Vaccine operations Central Provinces & Berar 1922-1929 - 1922-1929
Year: 1922
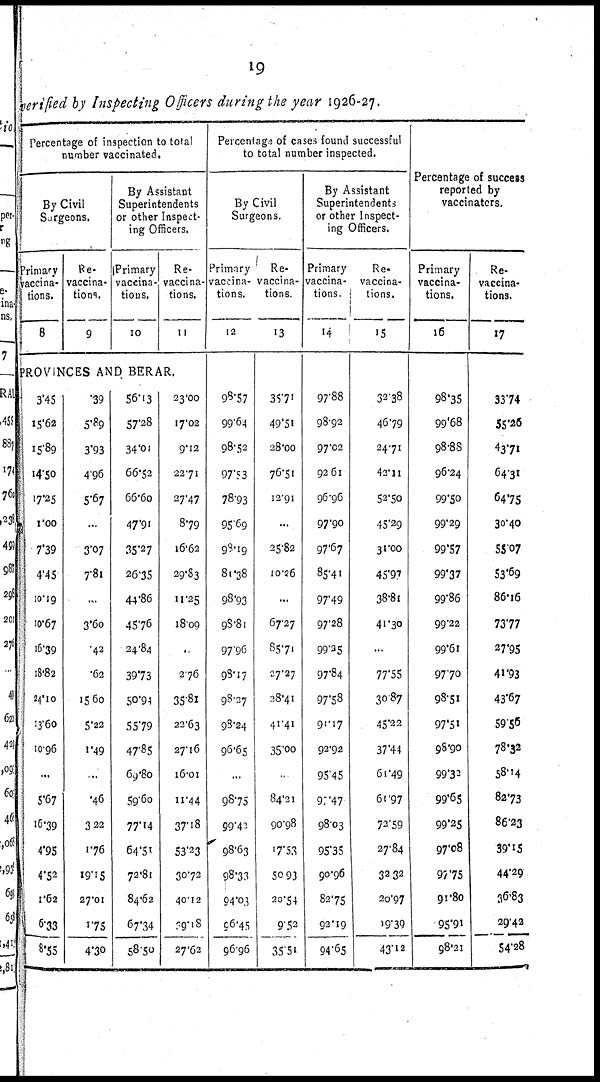
19
verified by Inspecting Officers during the year 1926-27.
Percentage of inspection to total
number vaccinated.
By Civil
Surgeons.
Primary
vaccina-
tions.
8
Re¬
vaccina¬
tions.
9
By Assistant
Superintendents
or other Inspect-
ing Officers.
Primary
vaccina-
tions.
10
Re¬
vaccina-
tions.
11
PROVINCES AND BERAR.
3.45
15.62
15.89
14.50
17.25
1.00
7.39
4.45
10.19
10.67
16.39
18.82
24.10
13.60
10.96
...
5.67
16.39
4.95
4.52
1.62
6.33
8.55
.39
5.89
3.93
4.96
5.67
...
3.07
7.81
...
3.60
.42
.62
15.60
5.22
1.49
...
.46
3.22
1.76
19.15
27.01
1.75
4.30
56.13
57.28
34.01
66.52
66.60
47.91
35.27
26.35
44.86
45.76
24.84
39.73
50.94
55.79
47.85
69.80
59.60
77.14
64.51
72.81
84.62
67.34
58.50
23.00
17.02
9.12
22.71
27.47
8.79
16.62
29.83
11.25
18.09
...
2.76
35.81
22.63
27.16
16.01
11.44
37.18
53.23
30.72
40.12
39.18
27.62
Percentage of cases found successful
to total number inspected.
By Civil
Surgeons.
Primary
vaccina-
tions.
12
98.57
99.64
98.52
97.53
78.93
95.69
9.19
81.38
98.93
98.81
97.96
98.17
98.27
98.24
96.65
...
98.75
99.43
98.63
98.33
94.03
96.45
96.96
Re¬
vaccina-
tions.
13
35.71
49.51
28.00
76.51
12.91
...
25.82
10.26
...
67.27
85.71
27.27
28.41
41.41
35.00
...
84.21
90.98
17.53
50.93
20.54
9.52
38.51
By Assistant
Superintendents
or other Inspect-
ing Officers.
Primary
vaccina-
tions.
14
97.88
98.92
97.02
92.61
96.96
97.90
97.67
85.41
97.49
97.28
99.35
97.84
97.58
91.17
92.92
95.45
97.47
98.03
95.35
90.96
82.75
92.19
94.65
Re¬
vaccina-
tions.
15
32.38
46.79
24.71
42.11
52.50
45.29
31.00
45.97
38.81
41.30
...
77.55
30.87
45.22
37.44
61.49
61.97
72.59
27.84
32.32
20.97
19.39
43.12
Percentage of success
reported by
vaccinators.
Primary
vaccina-
tions.
16
98.35
99.68
98.88
96.24
99.50
99.29
99.57
99.37
99.86
99.22
99.61
97.70
98.51
97.51
98.90
99.32
99.65
99.25
97.08
97.75
91.80
95.91
98.21
Re¬
vaccina-
tions.
17
33.74
55.26
43.71
64.31
64.75
30.40
55.07
53.69
86.16
73.77
27.95
41.93
43.67
59.56
78.32
58.14
82.73
86.23
39.15
44.29
36.83
29.42
54.28